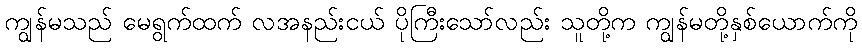
ကျွန်မသည် မေရွက်ထက် လအနည်းငယ် ပိုကြီးသော်လည်း သူတို့က ကျွန်မတို့နှစ်ယောက်ကို